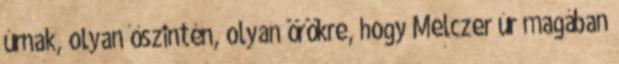
úrnak, olyan őszintén, olyan örökre, hogy Melczer úr magában